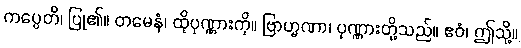
ကပ္ပေတိ၊ ပြု၏။ တမေနံ၊ ထိုပုဏ္ဏားကို။ ဗြာဟ္မဏာ၊ ပုဏ္ဏားတို့သည်။ ဧဝံ၊ ဤသို့။